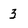
Character: 3